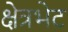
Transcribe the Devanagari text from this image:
क्षेत्रभेट